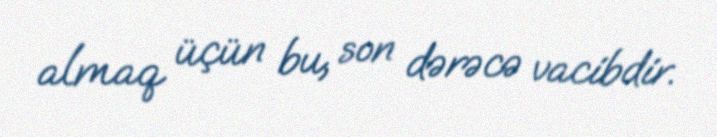
almaq üçün bu, son dərəcə vacibdir.